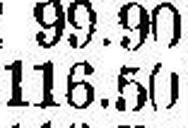
116.50